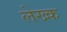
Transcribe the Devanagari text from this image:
लेख्क